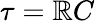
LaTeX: \tau=\mathbb{R}C